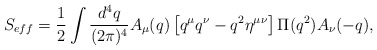
\begin{align*}S_{eff} = {1\over 2}\int {d^4 q\over (2\pi)^4} A_\mu(q) \left[q^\mu q^\nu - q^2 \eta^{\mu\nu}\right]\Pi(q^2) A_\nu(-q),\end{align*}